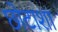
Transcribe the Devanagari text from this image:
छोटाशा